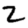
Digit: 2